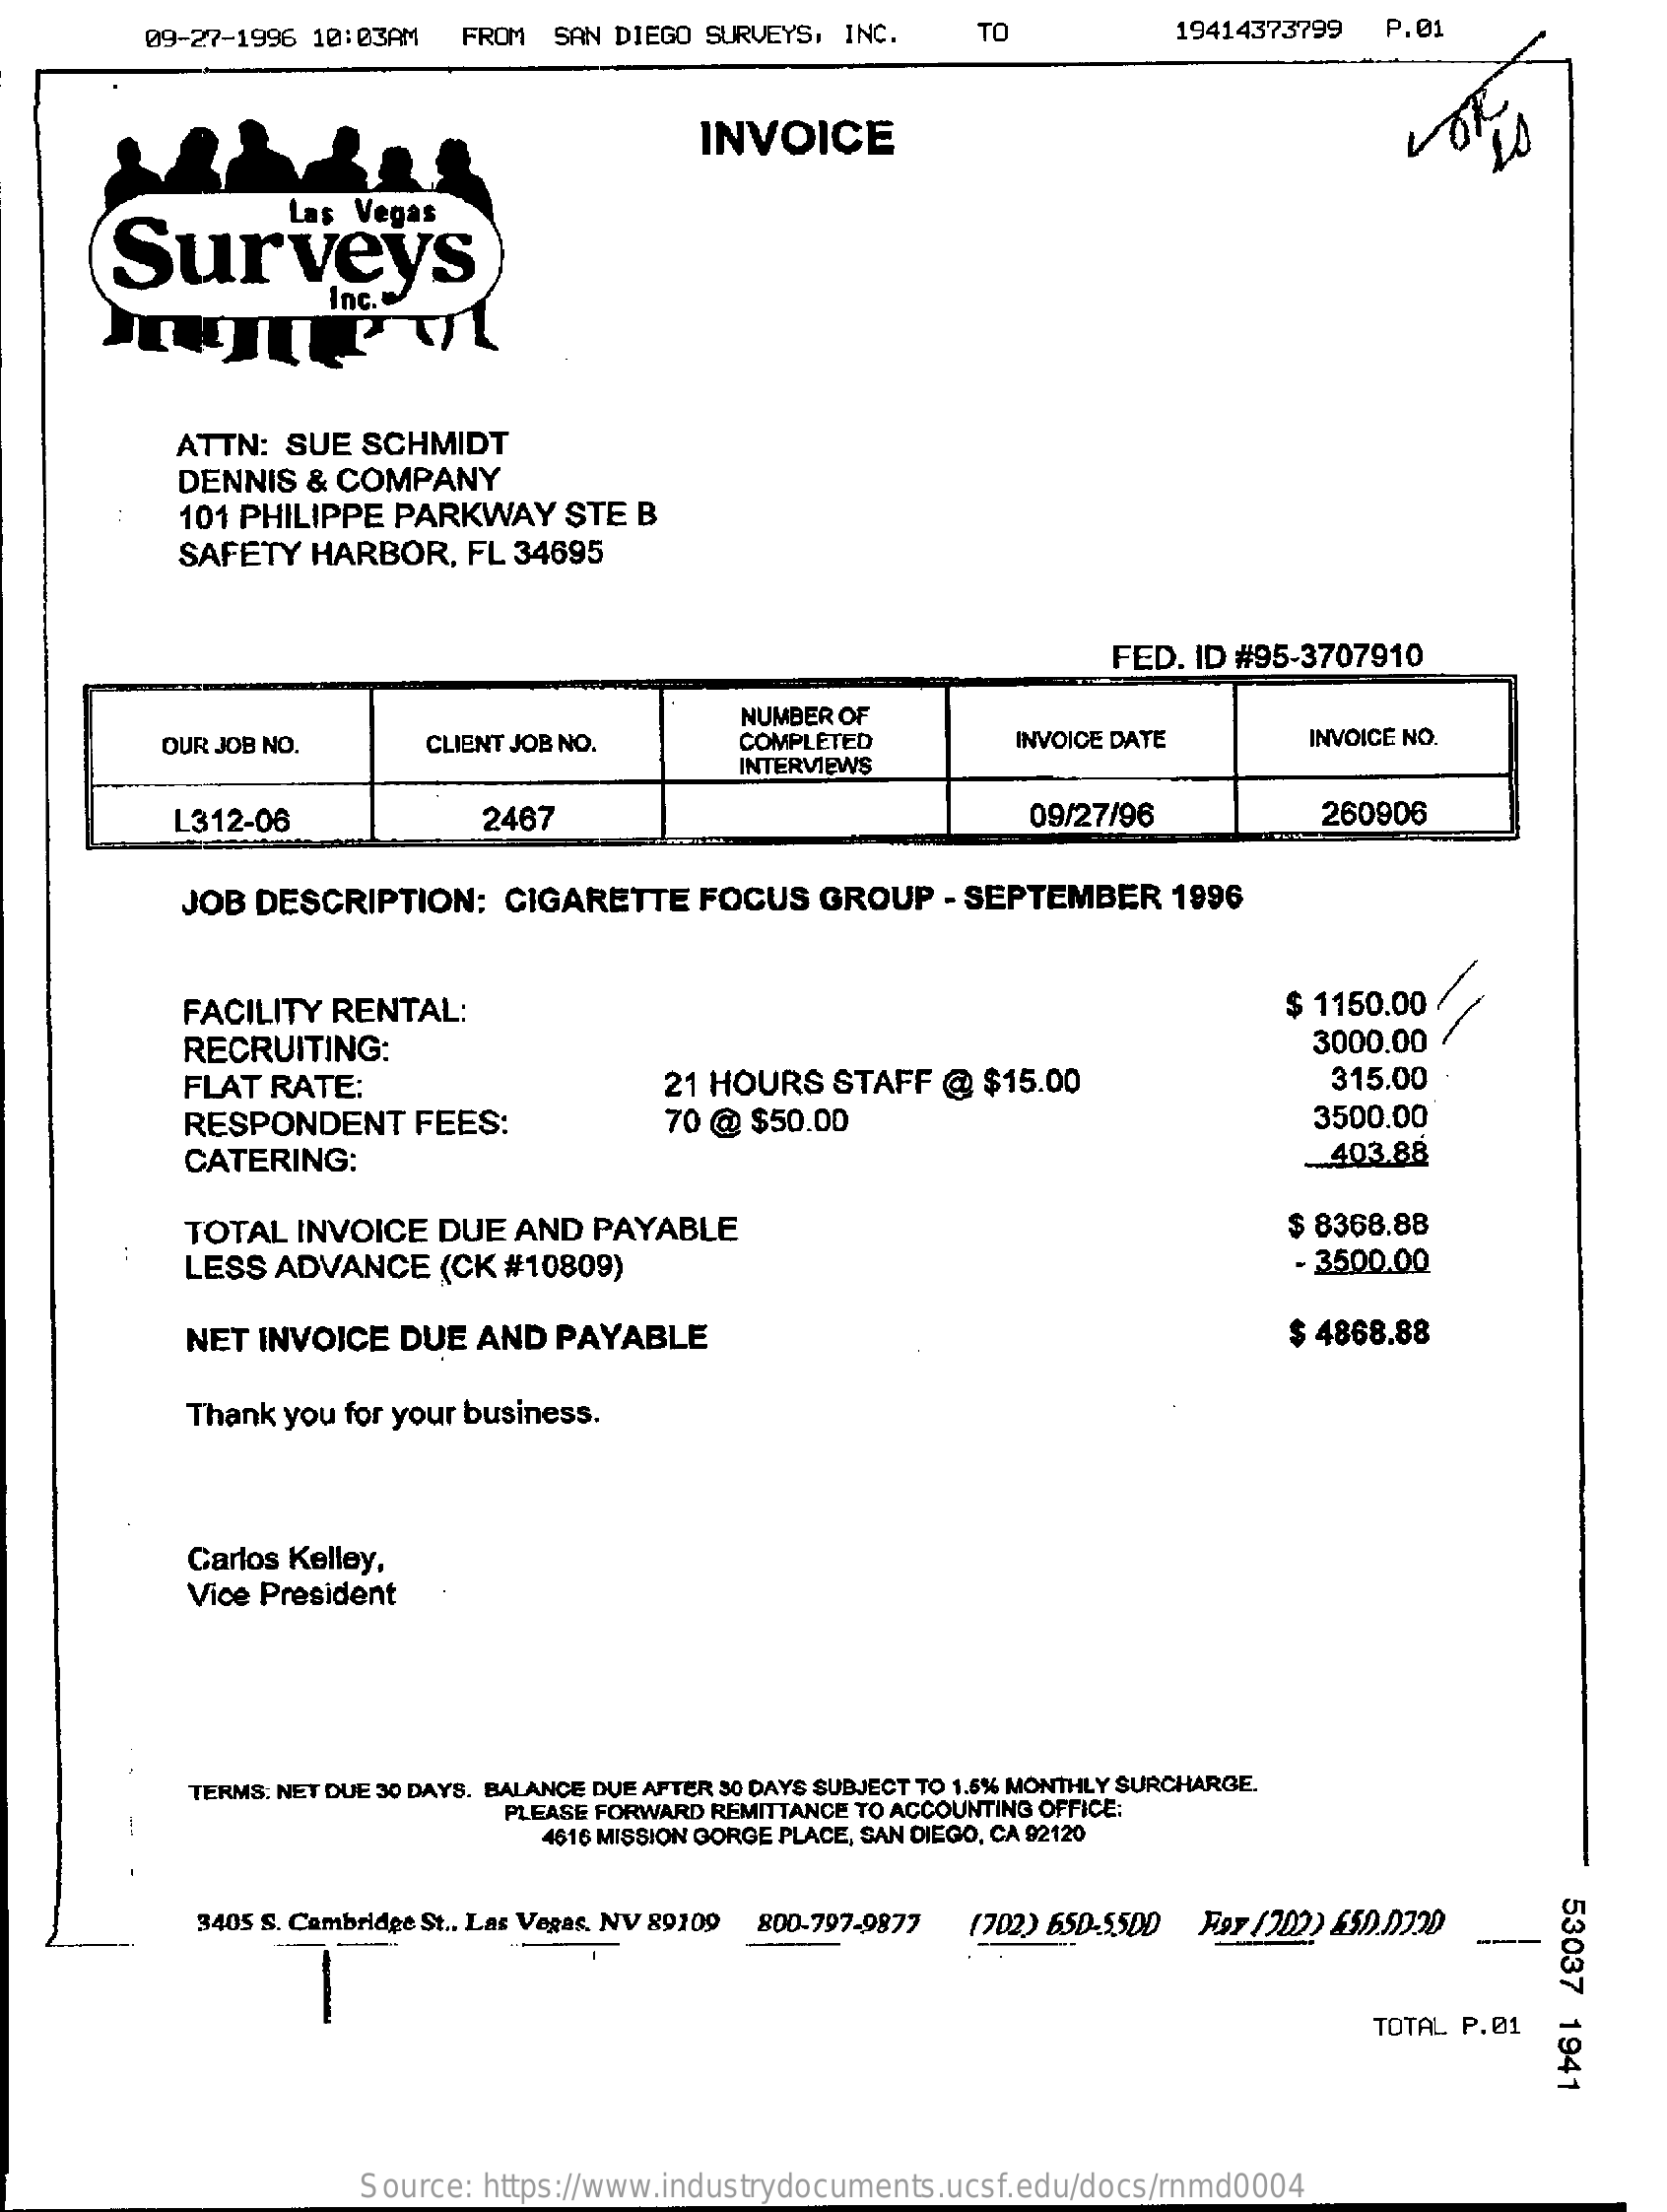
09-27-1996 10:03AM FROM  SAN DIEGO SURVEYS, INC.   TO    19414373799 P.01
     INVOICE
     Las Vegas
     Surveys
     Inc.
     ATTN: SUE  SCHMIDT
     DENNIS  & COMPANY
     101 PHILIPPE PARKWAY   STE  B
     SAFETY  HARBOR,  FL 34695
     FED. ID #95-3707910
     NUMBER OF
     OUR JOB NO.    CLIENT JOB NO.    COMPLETED    INVOICE DATE    INVOICE NO.
     INTERVIEWS
     L312-06    2467    09/27/96    260906
     JOB DESCRIPTION:    CIGARETTE   FOCUS  GROUP   - SEPTEMBER  1996
     FACILITY RENTAL:    $ 1150.00
     RECRUITING:    3000.00
     FLAT RATE:    21 HOURS   STAFF @  $15.00    315.00
     RESPONDENT    FEES:    70 @ $50.00    3500.00
     CATERING:    403.88
     TOTAL INVOICE  DUE AND  PAYABLE    $ 8368.88
     LESS ADVANCE   (CK #10809)    - 3500.00
     NET INVOICE DUE  AND  PAYABLE    $ 4868.88
     Thank you for your business.
     Carlos Kelley,
     Vice President
     TERMS: NET DUE 30 DAYS. BALANCE DUE AFTER 30 DAYS SUBJECT TO 1.5% MONTHLY SURCHARGE.
     PLEASE FORWARD REMITTANCE TO ACCOUNTING OFFICE:
     4616 MISSION GORGE PLACE, SAN DIEGO, CA 92120
     53037
     1941
     3405 S. Cambridge St ., Las Vegas, NV 89109 800-797-9877 (702) 650-55DD Fay (202) 650.072D
     -
     -
     TOTAL P.01
     Source: https://www.industrydocuments.ucsf.edu/docs/rnmd0004